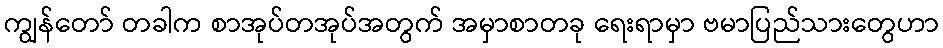
ကျွန်တော် တခါက စာအုပ်တအုပ်အတွက် အမှာစာတခု ရေးရာမှာ ဗမာပြည်သားတွေဟာ